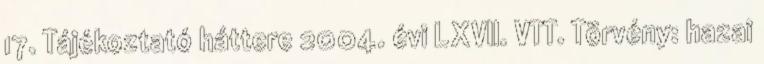
17. Tájékoztató háttere 2004. évi LXVII. VTT. Törvény: hazai